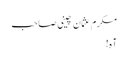
مکرم عثمان چینی صاحب
آہ!